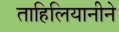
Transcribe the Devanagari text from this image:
ताहिलियानीने